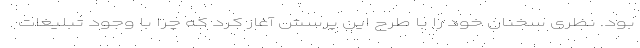
بود. نظری سخنان خود را با طرح این پرسش آغاز کرد که چرا با وجود تبلیغات